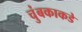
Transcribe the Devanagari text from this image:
चुंबकाकडे